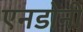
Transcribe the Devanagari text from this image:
एनडोनी